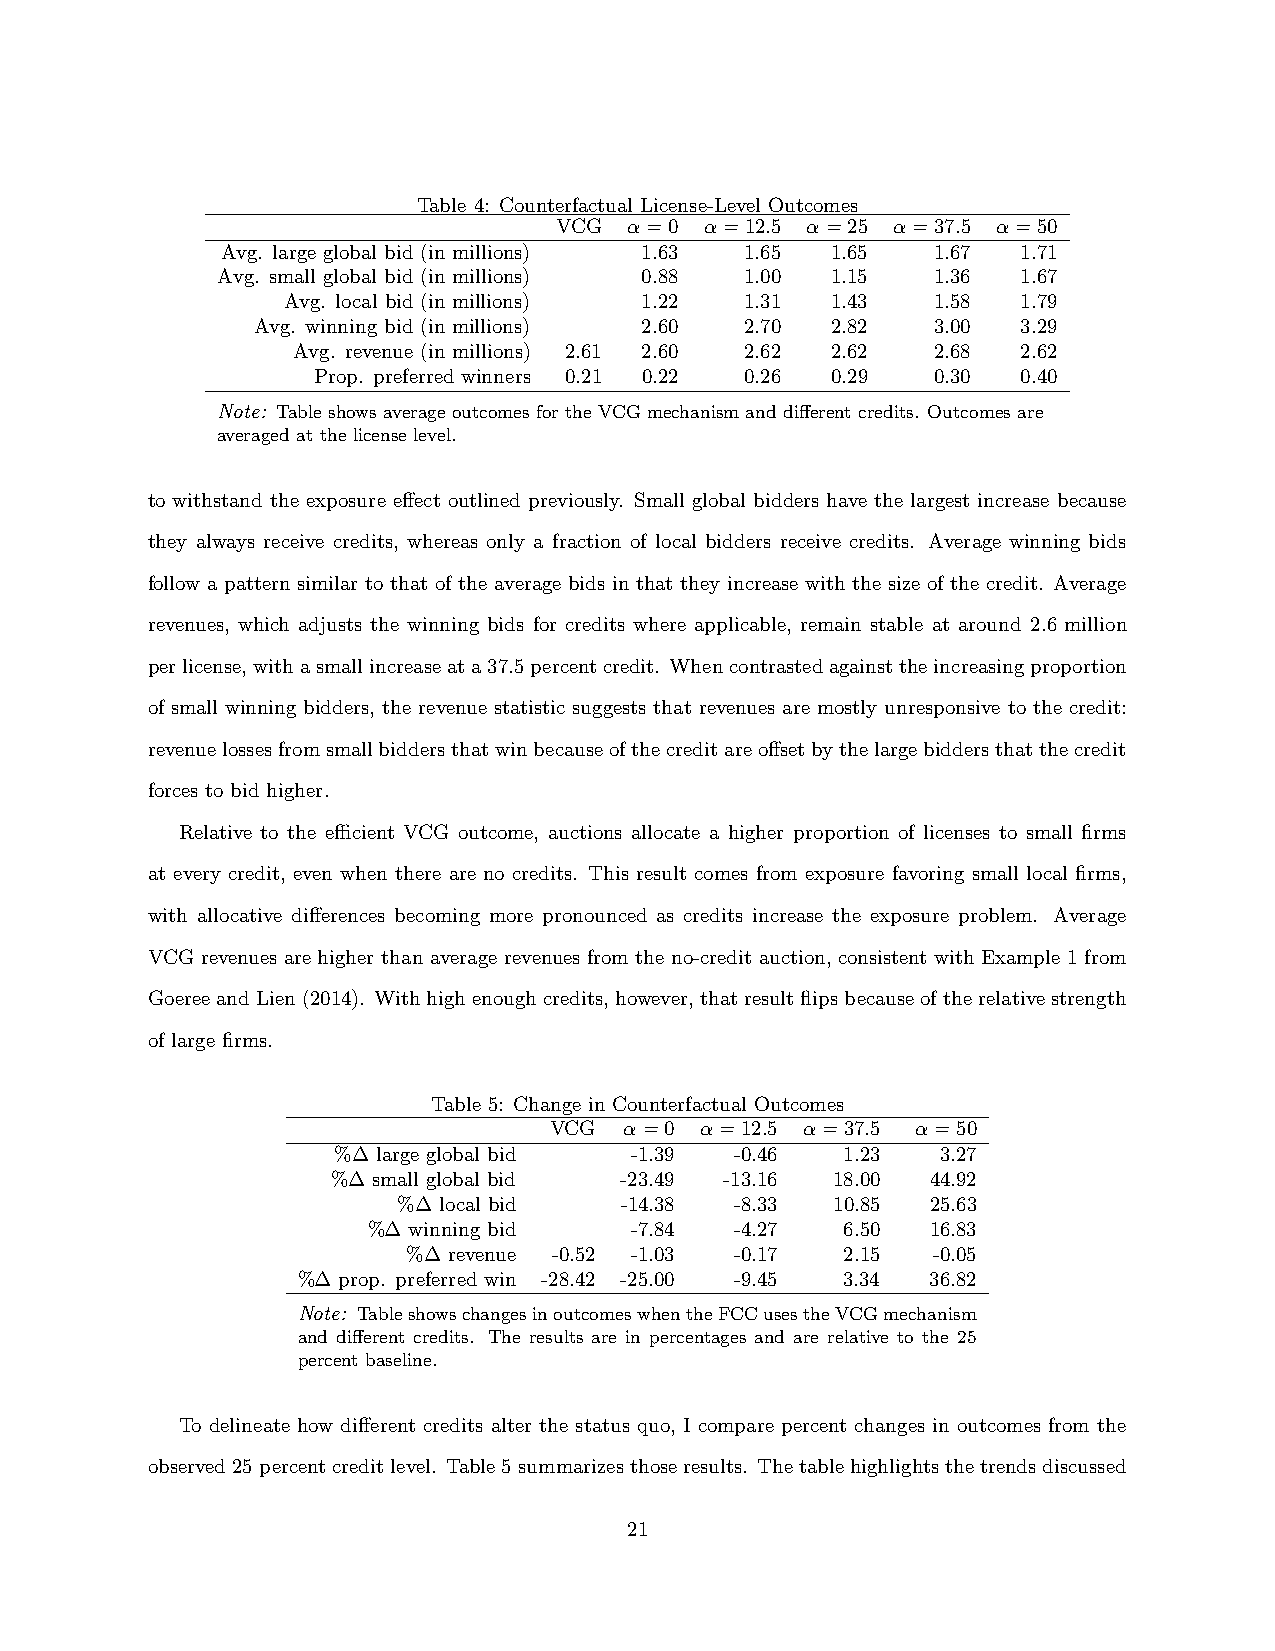
Table 4: Counterfactual License-Level Outcomes
 VCG  α=0  α=12.5 α=25 α=37.5 α=50
 Avg. large global bid (in millions) 1.63 1.65 1.65 1.67 1.71
 Avg. small global bid (in millions) 0.88 1.00 1.15 1.36 1.67
 Avg. local bid (in millions) 1.22 1.31 1.43 1.58 1.79
 Avg. winning bid (in millions) 2.60 2.70 2.82 3.00 3.29
 Avg. revenue (in millions) 2.61 2.60 2.62 2.62 2.68 2.62
 Prop. preferred winners 0.21 0.22 0.26 0.29 0.30 0.40
 Note: TableshowsaverageoutcomesfortheVCGmechanismanddifferentcredits. Outcomesare
 averaged at the license level.
 to withstand the exposure effect outlined previously. Small global bidders have the largest increase because
 they always receive credits, whereas only a fraction of local bidders receive credits. Average winning bids
 follow a pattern similar to that of the average bids in that they increase with the size of the credit. Average
 revenues, which adjusts the winning bids for credits where applicable, remain stable at around 2.6 million
 perlicense,withasmallincreaseata37.5percentcredit. Whencontrastedagainsttheincreasingproportion
 of small winning bidders, the revenue statistic suggests that revenues are mostly unresponsive to the credit:
 revenuelossesfromsmallbiddersthatwinbecauseofthecreditareoffsetbythelargebiddersthatthecredit
 forces to bid higher.
 Relative to the efficient VCG outcome, auctions allocate a higher proportion of licenses to small firms
 at every credit, even when there are no credits. This result comes from exposure favoring small local firms,
 with allocative differences becoming more pronounced as credits increase the exposure problem. Average
 VCG revenues are higher than average revenues from the no-credit auction, consistent with Example 1 from
 GoereeandLien(2014). Withhighenoughcredits, however, thatresultflipsbecauseoftherelativestrength
 of large firms.
 Table 5: Change in Counterfactual Outcomes
 VCG  α=0  α=12.5 α=37.5  α=50
 %∆ large global bid -1.39  -0.46  1.23  3.27
 %∆ small global bid -23.49 -13.16 18.00 44.92
 %∆ local bid   -14.38  -8.33 10.85  25.63
 %∆ winning bid    -7.84  -4.27  6.50  16.83
 %∆ revenue -0.52 -1.03 -0.17 2.15  -0.05
 %∆ prop. preferred win -28.42 -25.00 -9.45 3.34 36.82
 Note: TableshowschangesinoutcomeswhentheFCCusestheVCGmechanism
 and different credits. The results are in percentages and are relative to the 25
 percent baseline.
 To delineate how different credits alter the status quo, I compare percent changes in outcomes from the
 observed 25 percent credit level. Table 5 summarizes those results. The table highlights the trendsdiscussed
 21